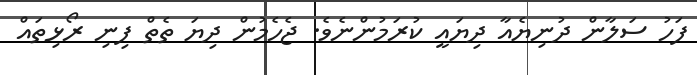
ފަހު ސަލާން ދުނިޔެއާ ދިޔައީ ކުރަމުންނެވެ. ޖެހެމުން ދިޔަ ތެތް ފިނި ރޯޅިތައް